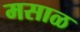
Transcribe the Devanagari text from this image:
मसाळ